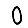
Digit: 0